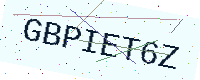
Text: GBPIET6Z